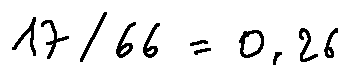
1 7 \div 6 6 = 0 . 2 6